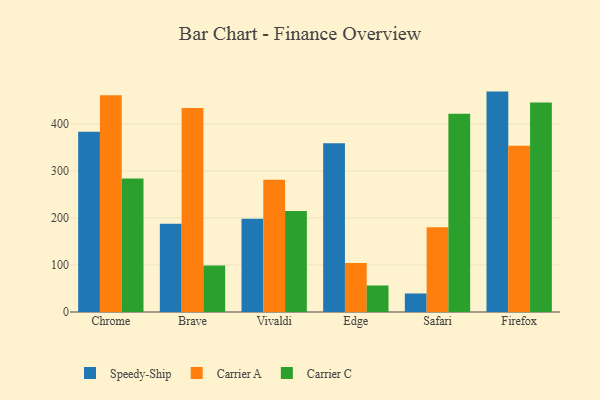
{"axis": {"x": "Browser", "y": "Net Income (USD K)"}, "legend": ["Carrier A", "Carrier C", "Speedy-Ship"], "data": [{"x": "Chrome", "y": 383.4, "type": "Speedy-Ship"}, {"x": "Chrome", "y": 461.0, "type": "Carrier A"}, {"x": "Chrome", "y": 283.9, "type": "Carrier C"}, {"x": "Brave", "y": 187.9, "type": "Speedy-Ship"}, {"x": "Brave", "y": 433.7, "type": "Carrier A"}, {"x": "Brave", "y": 98.9, "type": "Carrier C"}, {"x": "Vivaldi", "y": 198.5, "type": "Speedy-Ship"}, {"x": "Vivaldi", "y": 281.3, "type": "Carrier A"}, {"x": "Vivaldi", "y": 214.7, "type": "Carrier C"}, {"x": "Edge", "y": 358.7, "type": "Speedy-Ship"}, {"x": "Edge", "y": 104.2, "type": "Carrier A"}, {"x": "Edge", "y": 56.4, "type": "Carrier C"}, {"x": "Safari", "y": 39.4, "type": "Speedy-Ship"}, {"x": "Safari", "y": 180.3, "type": "Carrier A"}, {"x": "Safari", "y": 421.5, "type": "Carrier C"}, {"x": "Firefox", "y": 468.7, "type": "Speedy-Ship"}, {"x": "Firefox", "y": 353.6, "type": "Carrier A"}, {"x": "Firefox", "y": 445.7, "type": "Carrier C"}]}